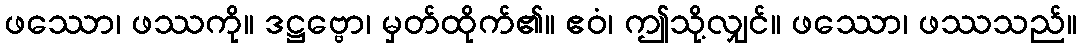
ဖဿော၊ ဖဿကို။ ဒဋ္ဌဗ္ဗော၊ မှတ်ထိုက်၏။ ဧဝံ၊ ဤသို့လျှင်။ ဖဿော၊ ဖဿသည်။